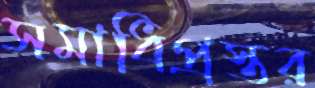
সমাধিপ্রস্তর